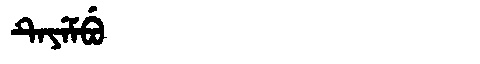
Manchu: ᡨᡝᠶᡝᠮᠪᡠ
Romanization: TEYEMBU